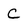
Character: C